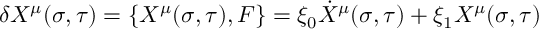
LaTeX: \delta X ^ { \mu } ( \sigma , \tau ) = { \lbrace X ^ { \mu } ( \sigma , \tau ) , F \rbrace } = \xi _ { 0 } \dot { X } ^ { \mu } ( \sigma , \tau ) + \xi _ { 1 } X ^ { \mu } ( \sigma , \tau )